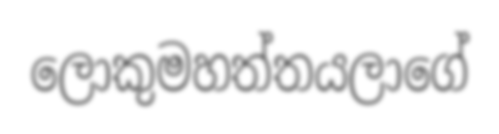
ලොකුමහත්තයලාගේ